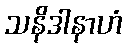
သနိဒါနာဟံ